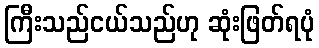
ကြီးသည်ငယ်သည်ဟု ဆုံးဖြတ်ရပုံ